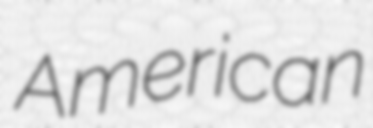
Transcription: American